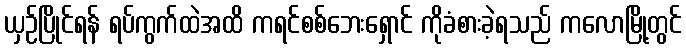
ယှဉ်ပြိုင်ရန် ရပ်ကွက်ထဲအထိ ကရင်စစ်ဘေးရှောင် ကိုခံစားခဲ့ရသည် ကလောမြို့တွင်